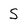
Character: S